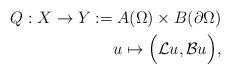
LaTeX: \begin{align*}Q:X\to Y := A(\Omega)\times B(\partial\Omega)\\u\mapsto \Big(\mathcal{L}u,\mathcal{B}u\Big),\end{align*}